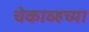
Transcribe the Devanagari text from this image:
चेकाव्हच्या